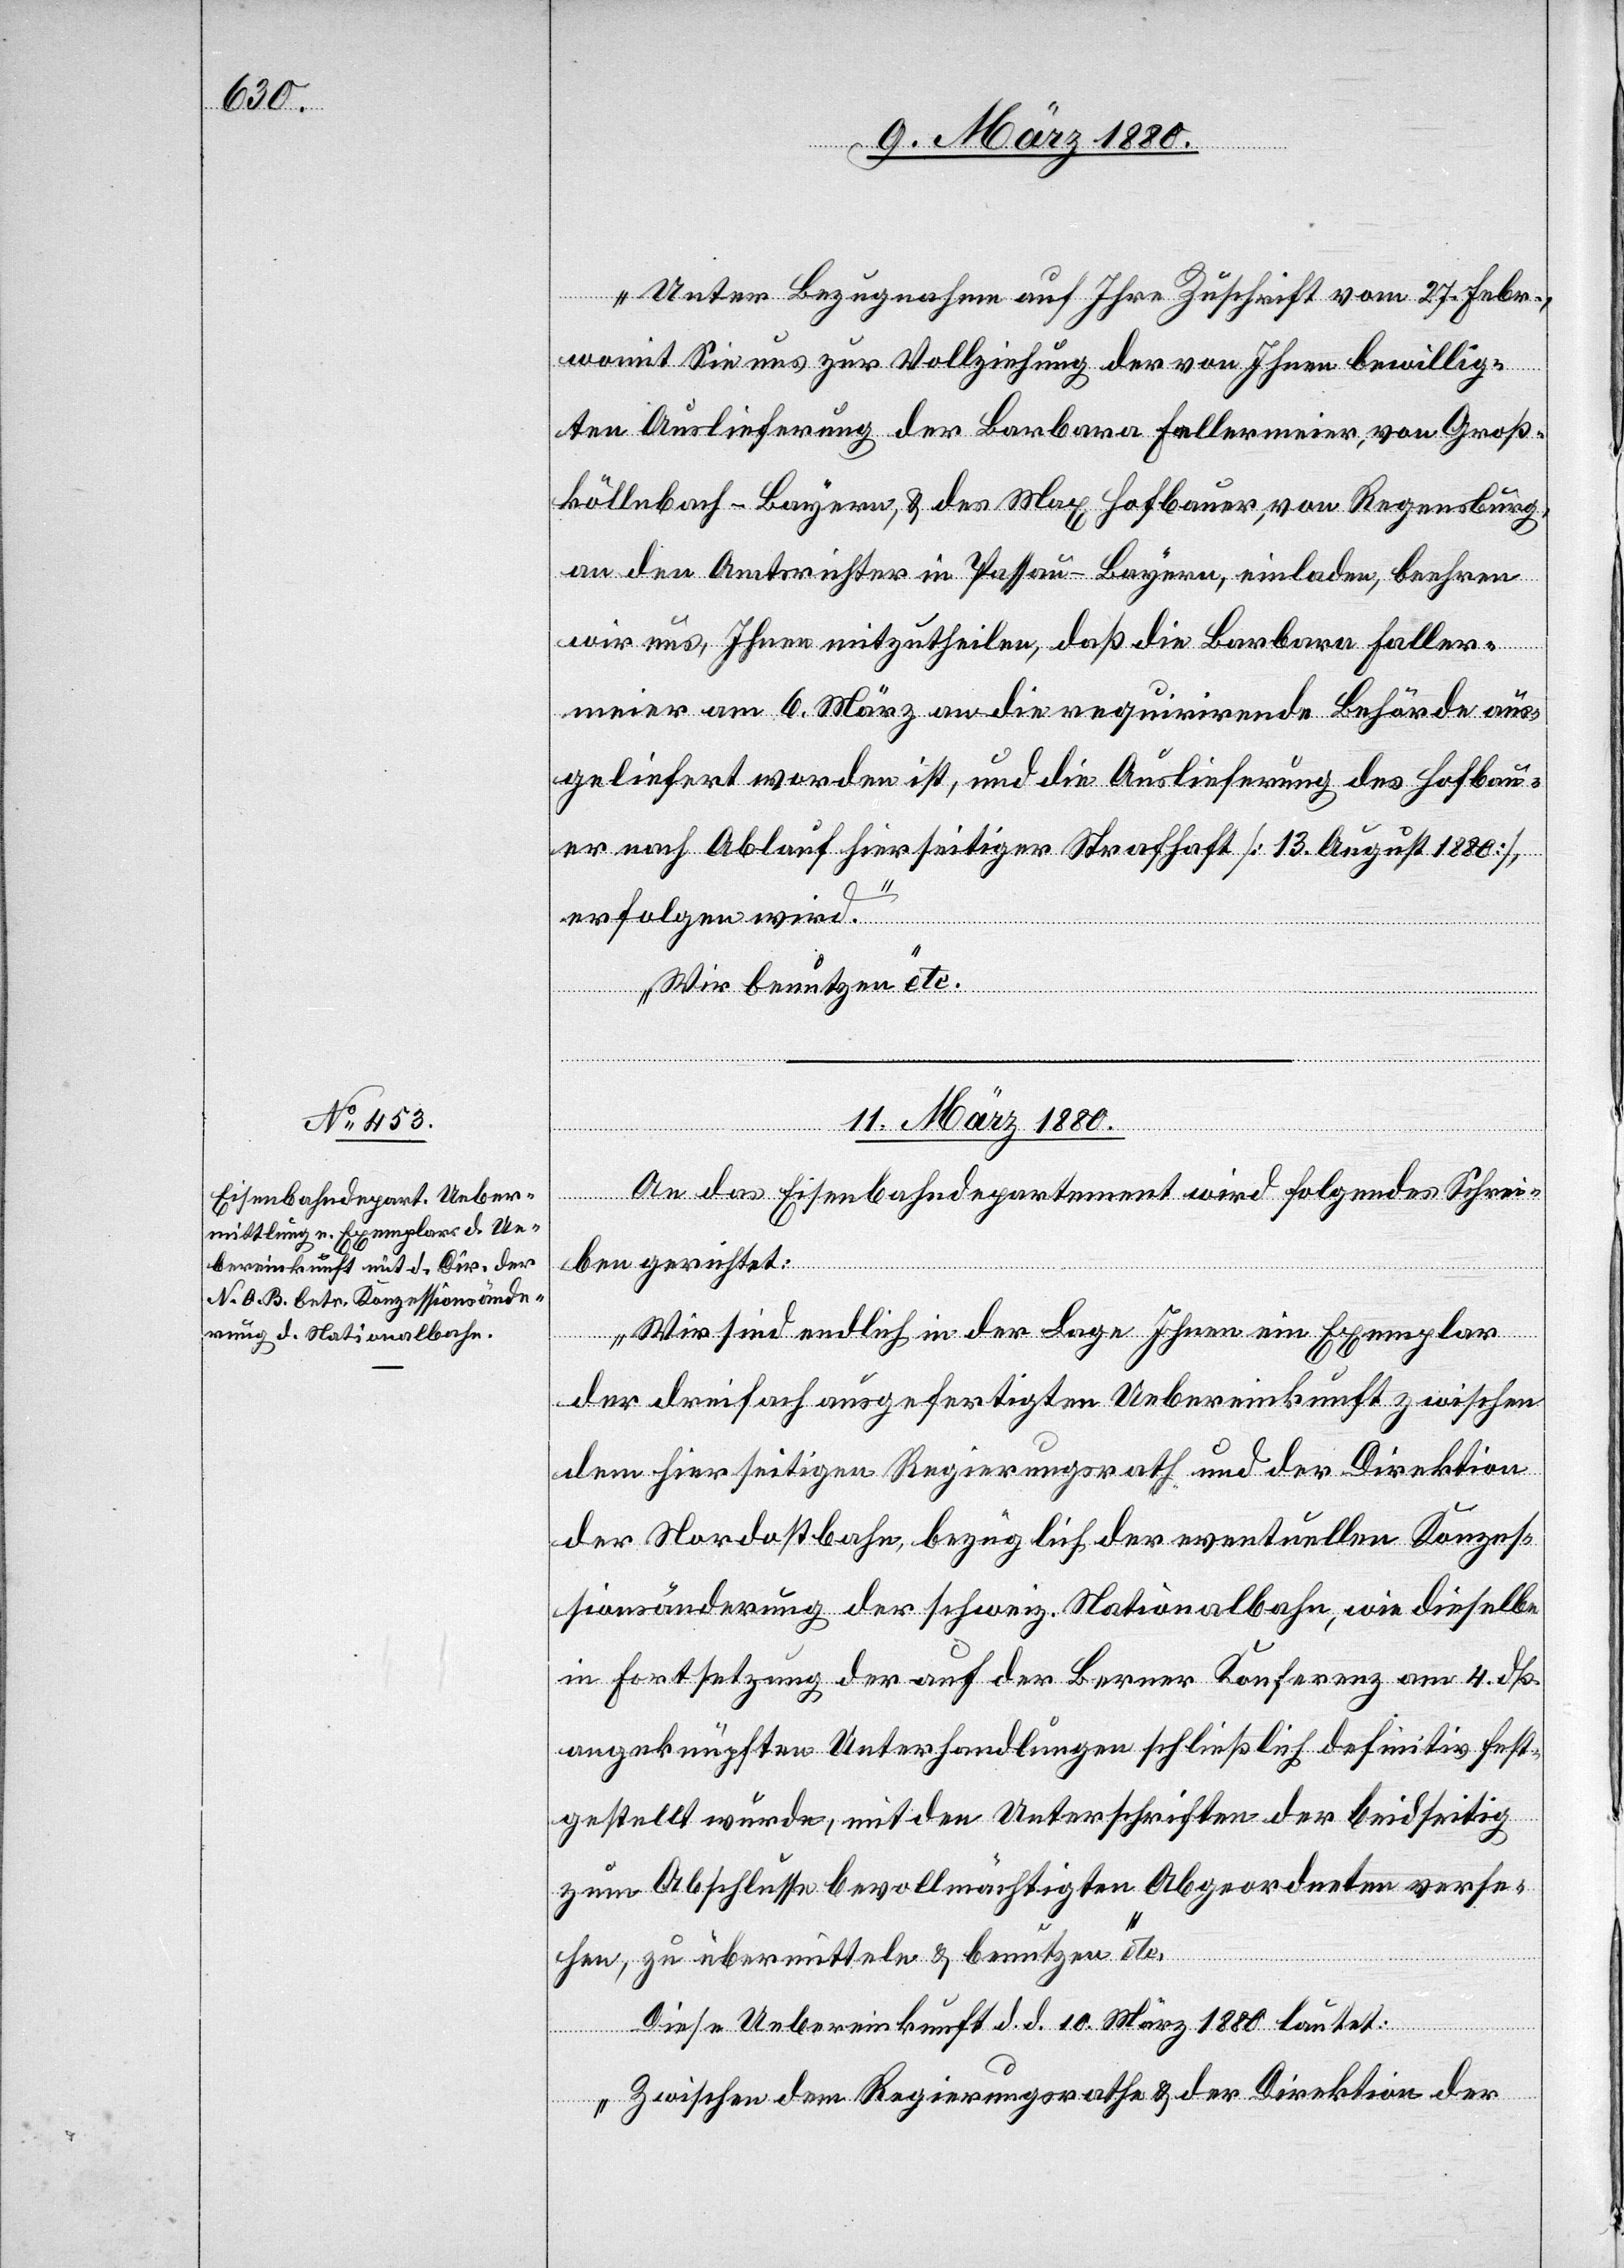
„Unter Bezugnahme auf Ihre Zuschrift vom 27. Febr.,
womit Sie uns zur Vollziehung der von Ihnen bewillig¬
ten Auslieferung der Barbara Fallermeier, von Groß¬
köllnbach - Bayern, & des Max Hofbauer, von Regensburg,
an den Amtsrichter in Passau - Bayern, einladen, beehren
wir uns, Ihnen mitzutheilen, daß die Barbara Faller¬
meier am 6. März an die requirirende Behörde aus¬
geliefert worden ist, und die Auslieferung des Hofbau¬
er nach Ablauf hierseitiger Strafhaft [13. August 1880]
erfolgen wird.
Wir benutzen etc.“
11. März 1880.
An das Eisenbahndepartement wird folgendes Schrei¬
ben gerichtet:
„Wir sind endlich in der Lage Ihnen ein Exemplar
der dreifach ausgefertigten Uebereinkunft zwischen
dem hierseitigen Regierungsrath und der Direktion
der Nordostbahn, bezüglich der eventuellen Konzes¬
sionsänderung der schweiz. Nationalbahn, wie dieselbe
in Fortsetzung der auf der Berner Konferenz am 4. dß.
angeknüpften Unterhandlungen schließlich definitiv fest¬
gestellt wurde, mit den Unterschriften der beidseitig
zum Abschlusse bevollmächtigten Abgeordneten verse¬
hen, zu übermitteln & benutzen etc.“
Diese Uebereinkunft d. d. 10. März 1880 lautet:
„Zwischen dem Regierungsrathe & der Direktion der